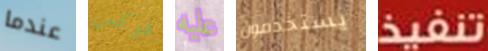
عندما فوكس عليه يستخدمون تنفيذ